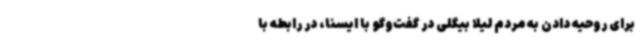
برای روحیه دادن به مردم لیلا بیگلی در گفت‌وگو با ایسنا، در رابطه با